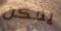
يمكن